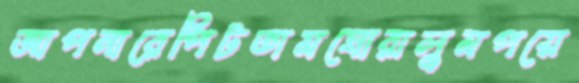
আপনারেপিটতামঘোরালুমপয়ে